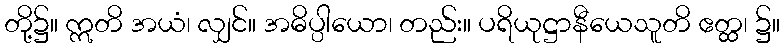
တို့၌။ ဣတိ အယံ၊ လျှင်။ အဓိပ္ပါယော၊ တည်း။ ပရိယုဋ္ဌာနီယေသူတိ ဧတ္ထ၊ ၌။